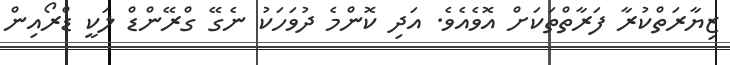
ޒިޔާރަތްކުރާ ފަރާތްތަކަށް އޮވެއެވެ. އަދި ކޮންމެ ދުވަހަކު ނެގޭ ގްރޭންޑް ލަކީ ޑްރޯއިން